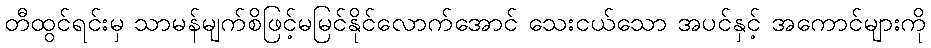
တီထွင်ရင်းမှ သာမန်မျက်စိဖြင့်မမြင်နိုင်လောက်အောင် သေးငယ်သော အပင်နှင့် အကောင်များကို